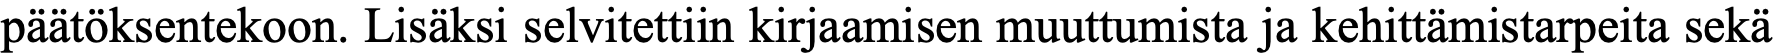
päätöksentekoon. Lisäksi selvitettiin kirjaamisen muuttumista ja kehittämistarpeita sekä